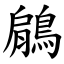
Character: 鵳